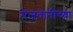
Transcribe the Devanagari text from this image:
मेजवानीच्या